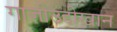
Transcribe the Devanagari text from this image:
गाजीउद्दीखान